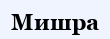
Мишра